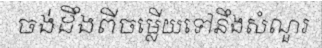
ចង់ដឹងពីចម្លើយទៅនឹងសំណួរ